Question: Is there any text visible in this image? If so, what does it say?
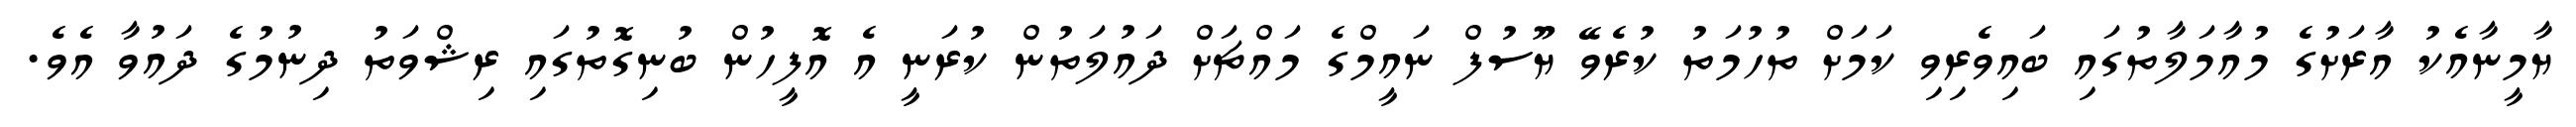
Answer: ޔާމީނާއެކު އާރަށުގެ މުއާމަލާތުގައި ބައިވެރިވި ކަމަށް ތުހުމަތު ކުރެވޭ ޔޫސުފް ނައީމްގެ މައްޗަށް ދައުލަތުން ކުރަނީ އެ އޮފީހުން ބުނިގޮތުގައި ރިޝްވަތު ދިނުމުގެ ދައުވާ އެވެ.